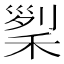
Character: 𥟜